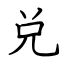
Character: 兑